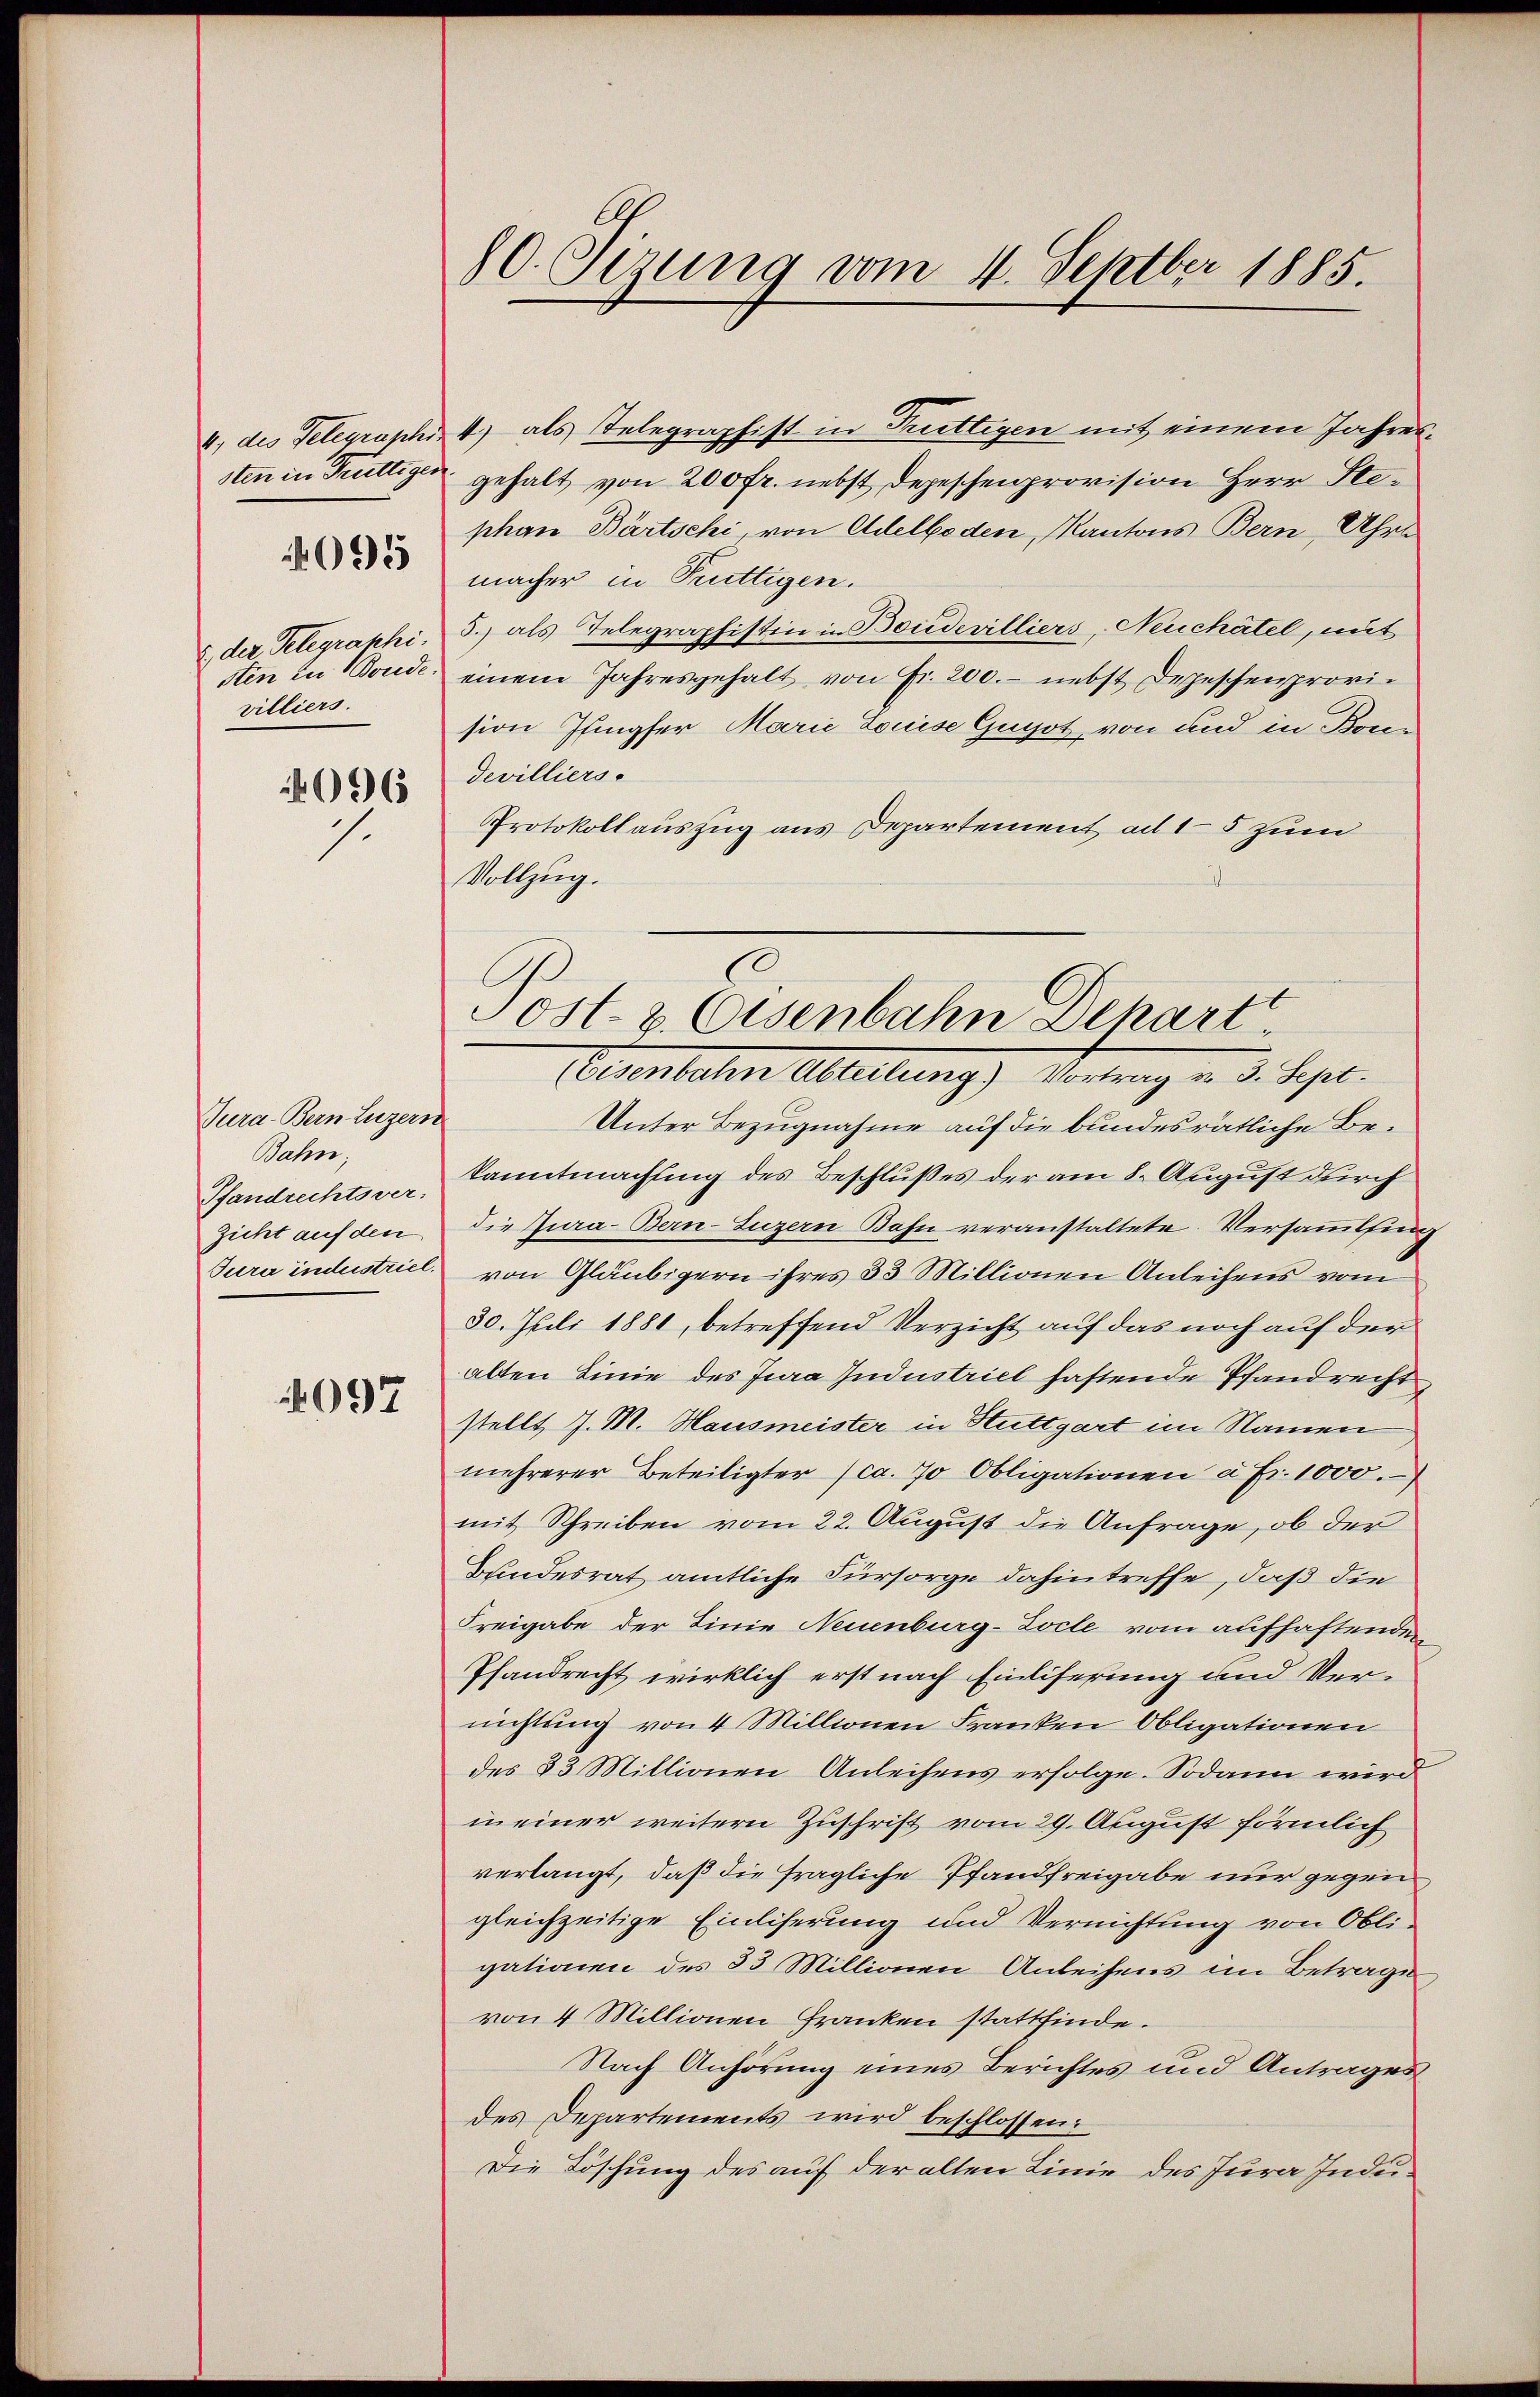
2., der Telegraphi
villiers.
096

095

Tura-Bern Luzern
Bahn;
Pfandrechtsver-
zicht auf den
Jura industriel.

4097

80. Sizung vom 4. Septber 1885.

4, des Telegraphi 4) als Telegraphist in Truttigen mit einem Jahressten in Truttigen gehalt von 200 fr. nebst Depeschenprovision Herr Stephan Bärtschi, von Adelboden Kantons Bern, Uhre
macher in Truttigen.
5.) als Telegraphistin in Boudevilliers, Neuchâtel, mit
sten in Boude, einem Jahresgehalt von Fr. 200.- nebst Depeschenprovision Pfingfer Marie Louise Gugot von und in Bondevillierse
Protokollauszug aus Departement ad 15 zum
Vollzug.

Post- & Eisenbahn Dehart.
Eisenbahn Abteilung) Vortrag v. 3. Sept.

Unter Bezugnahme auf die bundesrätliche Bekanntmachung des Beschlußes der am 8. August durch
die Jura-Bern-Luzern Bahn veranstaltete Versammlung
von Gläubigern ihres 33 Millionen Anleihens vom
30. Juli 1881, betreffend Verzicht auf das noch auf der
alten Linie des Jura Industriel haftende Pfandrecht
stellt J. M. Hausmeister in Stuttgart im Namen
mehrerer Beteiligter (ca. 70 Obligationen à Fr. 1000.
mit Schreiben vom 22. August die Anfrage, ob der
Bandesrat amtliche Fürsorge dahin treffe, daß die
Freigabe der Linie Neuenburg-Zocte vom aufhaftenden
Pfandrecht wirklich erst nach Einliferung und Ver-
nichtung von 4 Millionen Franken Obligationen
des 33 Millionen Anleihens erfolge. Sodann wird
in einer weitern Zuschrift vom 29. August förmlich
verlangt, daß die fragliche Pfandfreigabe nur gegen
gleichzeitige Einliferung und Vernichtung von Obligationen des 33 Millionen Anleihens im Betrage,
von 4 Millionen Franken stattfinde.
Nach Anhörung eines Berichtes und Antrages
des Departements wird beschlossen:
Die Löschung des auf der alten Linie des Jura Indu¬